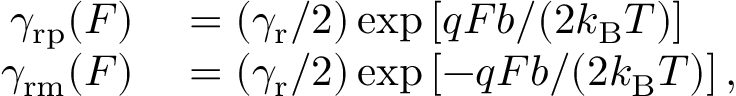
\begin{array} { r l } { \gamma _ { \mathrm { r p } } ( F ) } & { { } = ( \gamma _ { \mathrm { r } } / 2 ) \exp \left[ q F b / ( 2 k _ { \mathrm { B } } T ) \right] } \\ { \gamma _ { \mathrm { r m } } ( F ) } & { { } = ( \gamma _ { \mathrm { r } } / 2 ) \exp \left[ - q F b / ( 2 k _ { \mathrm { B } } T ) \right] , } \end{array}